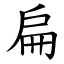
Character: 扁